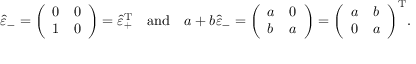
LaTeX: { \hat { \varepsilon } } _ { - } = { \left( \begin{array} { l l } { 0 } & { 0 } \\ { 1 } & { 0 } \end{array} \right) } = { \hat { \varepsilon } } _ { + } ^ { \operatorname { T } } \quad { \mathrm { a n d } } \quad a + b { \hat { \varepsilon } } _ { - } = { \left( \begin{array} { l l } { a } & { 0 } \\ { b } & { a } \end{array} \right) } = { \left( \begin{array} { l l } { a } & { b } \\ { 0 } & { a } \end{array} \right) } ^ { \operatorname { T } } .